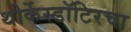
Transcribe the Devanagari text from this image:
थोर्केस्डॉटिरचा